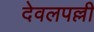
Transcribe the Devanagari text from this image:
देवलपल्ली